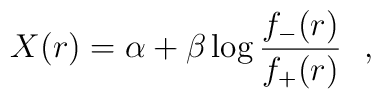
X(r) = \alpha + \beta \log \frac{f_{-} (r)}{f_{+} (r)}~~,